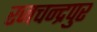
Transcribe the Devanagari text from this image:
रजचन्द्रपुर